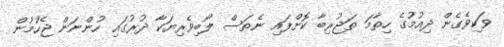
ވަކިވެގެން ދިއުމުގެ ހިތާމަ ތަޖުރިބާ ކޮށްފައި ނެތަސް ލޯބިވެރިޔަކާ ދުރުގައި ހުންނަން ޖެހުމުން